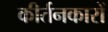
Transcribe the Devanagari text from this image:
कीर्तनकारों